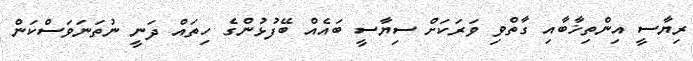
ރިޔާސީ އިންތިޚާބާއި ގާތްވި ވަރަކަށް ސިޔާސީ ބައެއް ބޭފުޅުންގެ ހިތައް ދަނީ ނުތަނަވަސްކަން